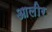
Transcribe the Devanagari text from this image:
आलीर